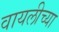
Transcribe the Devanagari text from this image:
वायलीच्या